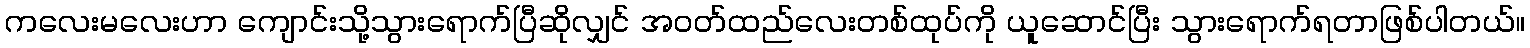
ကလေးမလေးဟာ ကျောင်းသို့သွားရောက်ပြီဆိုလျှင် အဝတ်ထည်လေးတစ်ထုပ်ကို ယူဆောင်ပြီး သွားရောက်ရတာဖြစ်ပါတယ်။